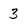
Character: 3